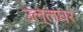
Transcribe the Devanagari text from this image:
उल्लंघर